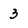
Character: 3